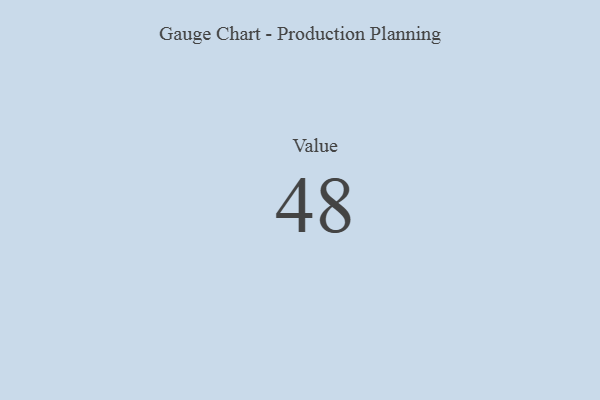
{"axis": {"x": "Metric", "y": "Value"}, "legend": [""], "data": [{"x": "Value", "y": 48, "type": ""}]}